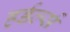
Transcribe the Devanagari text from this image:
हर्डर्ल्स